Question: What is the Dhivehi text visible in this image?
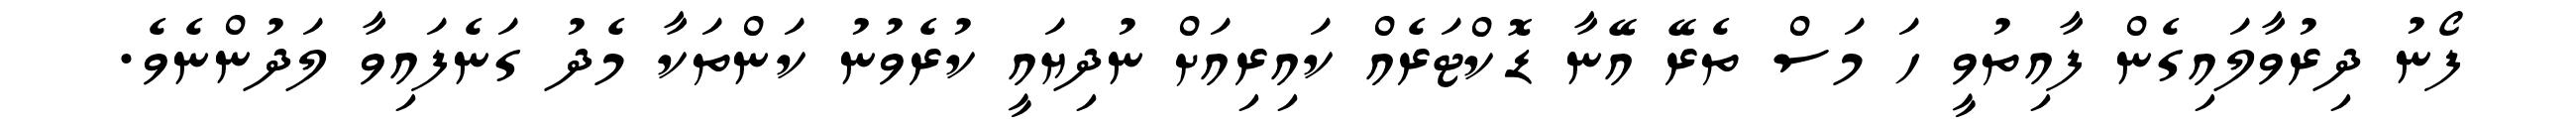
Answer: ފޯނު ދިރުވާލައިގެން ފާއިތުވީ ހަ މަސް ތެރޭ އޭނާ ޑޮކްޓަރެއް ކައިރިއަށް ނުދިޔައީ ކުރެވުނު ކަންތަކާ މެދު ގަނެފައިވާ ލަދުންނެވެ.